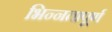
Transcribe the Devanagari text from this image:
भिन्‍नतापूर्ण